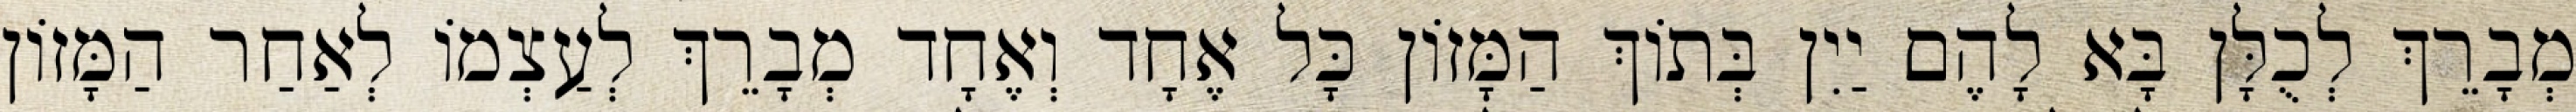
מְבָרֵךְ לְכֻלָּן בָּא לָהֶם יַיִן בְּתוֹךְ הַמָּזוֹן כָּל אֶחָד וְאֶחָד מְבָרֵךְ לְעַצְמוֹ לְאַחַר הַמָּזוֹן